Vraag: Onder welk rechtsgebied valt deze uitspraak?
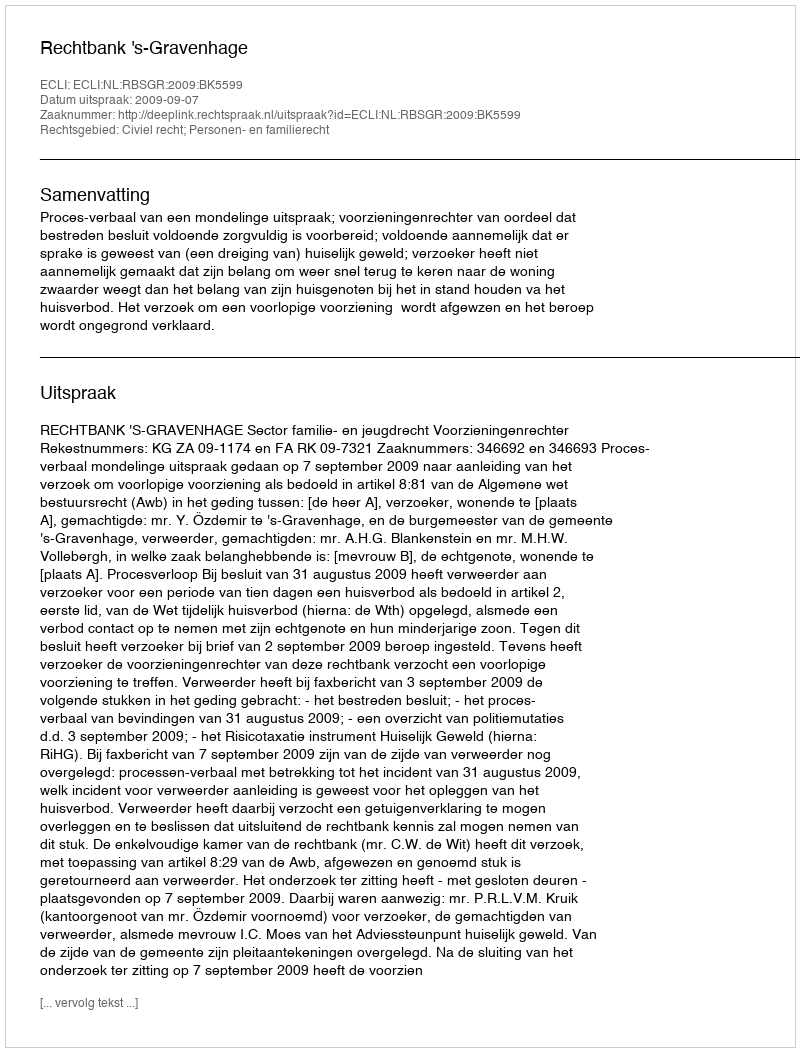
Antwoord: Civiel recht; Personen- en familierecht